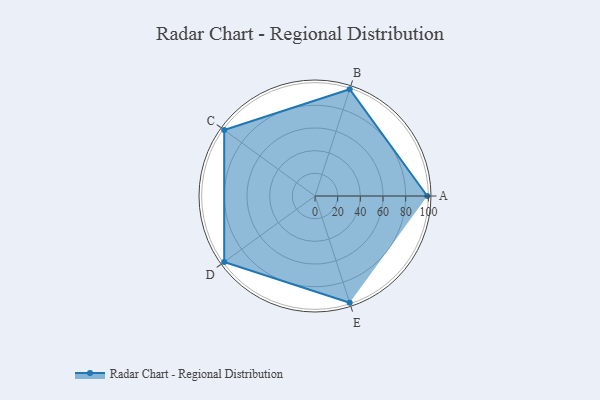
{"axis": {"x": "Skill", "y": "Score"}, "legend": ["Profile"], "data": [{"x": "A", "y": 99, "type": "Profile"}, {"x": "B", "y": 99, "type": "Profile"}, {"x": "C", "y": 99, "type": "Profile"}, {"x": "D", "y": 99, "type": "Profile"}, {"x": "E", "y": 99, "type": "Profile"}]}